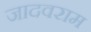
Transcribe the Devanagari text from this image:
जादवराम